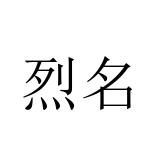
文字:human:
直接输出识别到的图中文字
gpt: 烈名